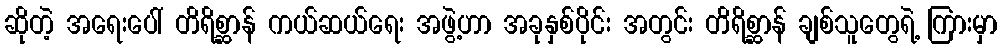
ဆိုတဲ့ အရေးပေါ် တိရိစ္ဆာန် ကယ်ဆယ်ရေး အဖွဲ့ဟာ အခုနှစ်ပိုင်း အတွင်း တိရိစ္ဆာန် ချစ်သူတွေရဲ့ ကြားမှာ